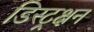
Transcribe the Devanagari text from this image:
डिस्ट्रक्षन